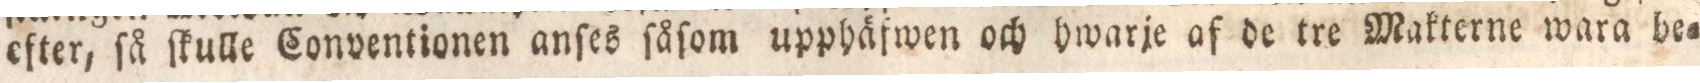
efter, ſå ſkulle Conventionen anſes ſåſom upphäfwen och hwarje af de tre Makterne wara be=